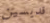
قديسين